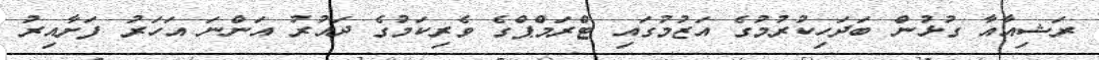
ރަޝިއާއާ ގުޅުން ބަދަހިކުރުމުގެ އަޒުމުގައި ޓްރަމްޕްގެ ވެރިކަމުގެ ދައުރު އަންނަ އަހަރު ފަށާއިރު